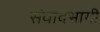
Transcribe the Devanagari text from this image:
संवादभागी